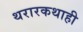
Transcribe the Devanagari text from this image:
थरारकथाही